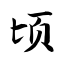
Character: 顷